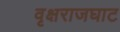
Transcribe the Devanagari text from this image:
वृक्षराजघाट